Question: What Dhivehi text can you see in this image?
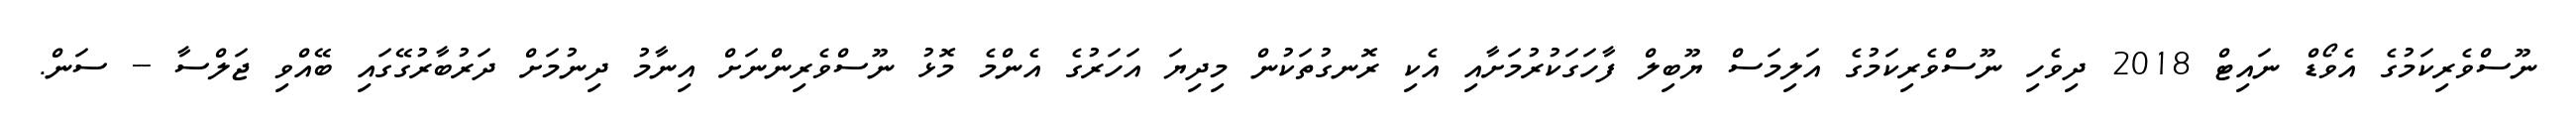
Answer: ނޫސްވެރިކަމުގެ އެވޯޑް ނައިޓް 2018 ދިވެހި ނޫސްވެރިކަމުގެ އަލިމަސް ޔޫބިލް ފާހަގަކުރުމަށާއި އެކި ރޮނގުތަކުން މިދިޔަ އަހަރުގެ އެންމެ މޮޅު ނޫސްވެރިންނަށް އިނާމު ދިނުމަށް ދަރުބާރުގޭގައި ބޭއްވި ޖަލްސާ -- ސަން.